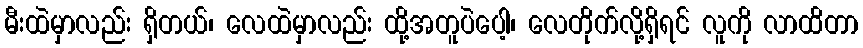
မီးထဲမှာလည်း ရှိတယ်၊ လေထဲမှာလည်း ထို့အတူပဲပေါ့၊ လေတိုက်လို့ရှိရင် လူကို လာထိတာ